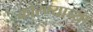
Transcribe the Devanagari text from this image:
कोरण्याच्या